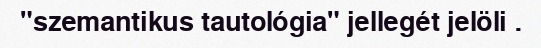
"szemantikus tautológia" jellegét jelöli .